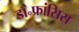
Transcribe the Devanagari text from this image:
डॉ॰फ्रांसिस